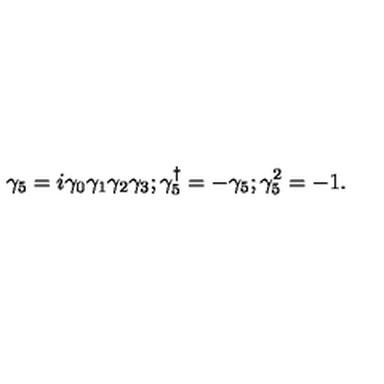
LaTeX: \gamma _ { 5 } = i \gamma _ { 0 } \gamma _ { 1 } \gamma _ { 2 } \gamma _ { 3 } ; \gamma _ { 5 } ^ { \dag } = - \gamma _ { 5 } ; \gamma _ { 5 } ^ { 2 } = - 1 .